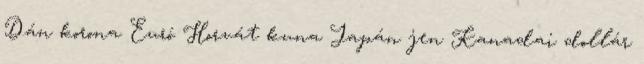
Dán korona Euró Horvát kuna Japán jen Kanadai dollár